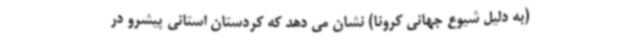
(به دلیل شیوع جهانی کرونا) نشان می دهد که کردستان استانی پیشرو در